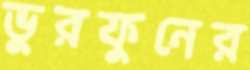
ভুরফুনের